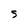
Character: S